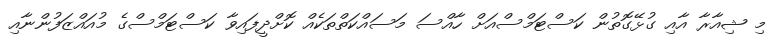
މި ޝިއާރާ އާއި ގުޅޭގޮތުން ކަސްޓަމްސްއަށް ހާއްސަ މަސައްކަތްތަކެއް ކޮށްދީފައިވާ ކަސްޓަމްސްގެ މުއައްޒަފުންނާއި